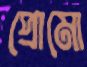
প্রোমো